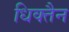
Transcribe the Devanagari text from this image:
धिक्तैन